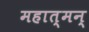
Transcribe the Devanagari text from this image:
महात्मन्‌